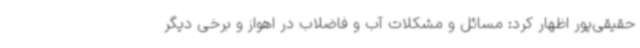
حقیقی‌پور اظهار کرد: مسائل و مشکلات آب و فاضلاب در اهواز و برخی دیگر